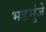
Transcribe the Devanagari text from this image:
भडभुंजे